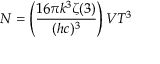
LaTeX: N = \left( { \frac { 1 6 \pi k ^ { 3 } \zeta ( 3 ) } { ( h c ) ^ { 3 } } } \right) V T ^ { 3 }